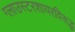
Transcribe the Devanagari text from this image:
ग्लाउस्टरशायरविरूद्ध